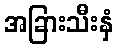
အခြားသီးနှံ